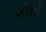
ગીલો